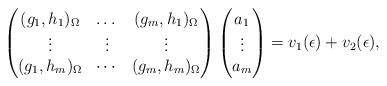
LaTeX: \begin{align*}\begin{pmatrix} ( g_1, h_{1} )_{\Omega}& \dots & ( g_m, h_{1} )_{\Omega}\\\vdots & \vdots & \vdots\\(g_1, h_{m} )_{\Omega} & \cdots & ( g_m, h_{m} )_{\Omega}\end{pmatrix}\begin{pmatrix}a_1 \\ \vdots\\ a_m\end{pmatrix} = v_1(\epsilon) + v_{2}(\epsilon),\end{align*}